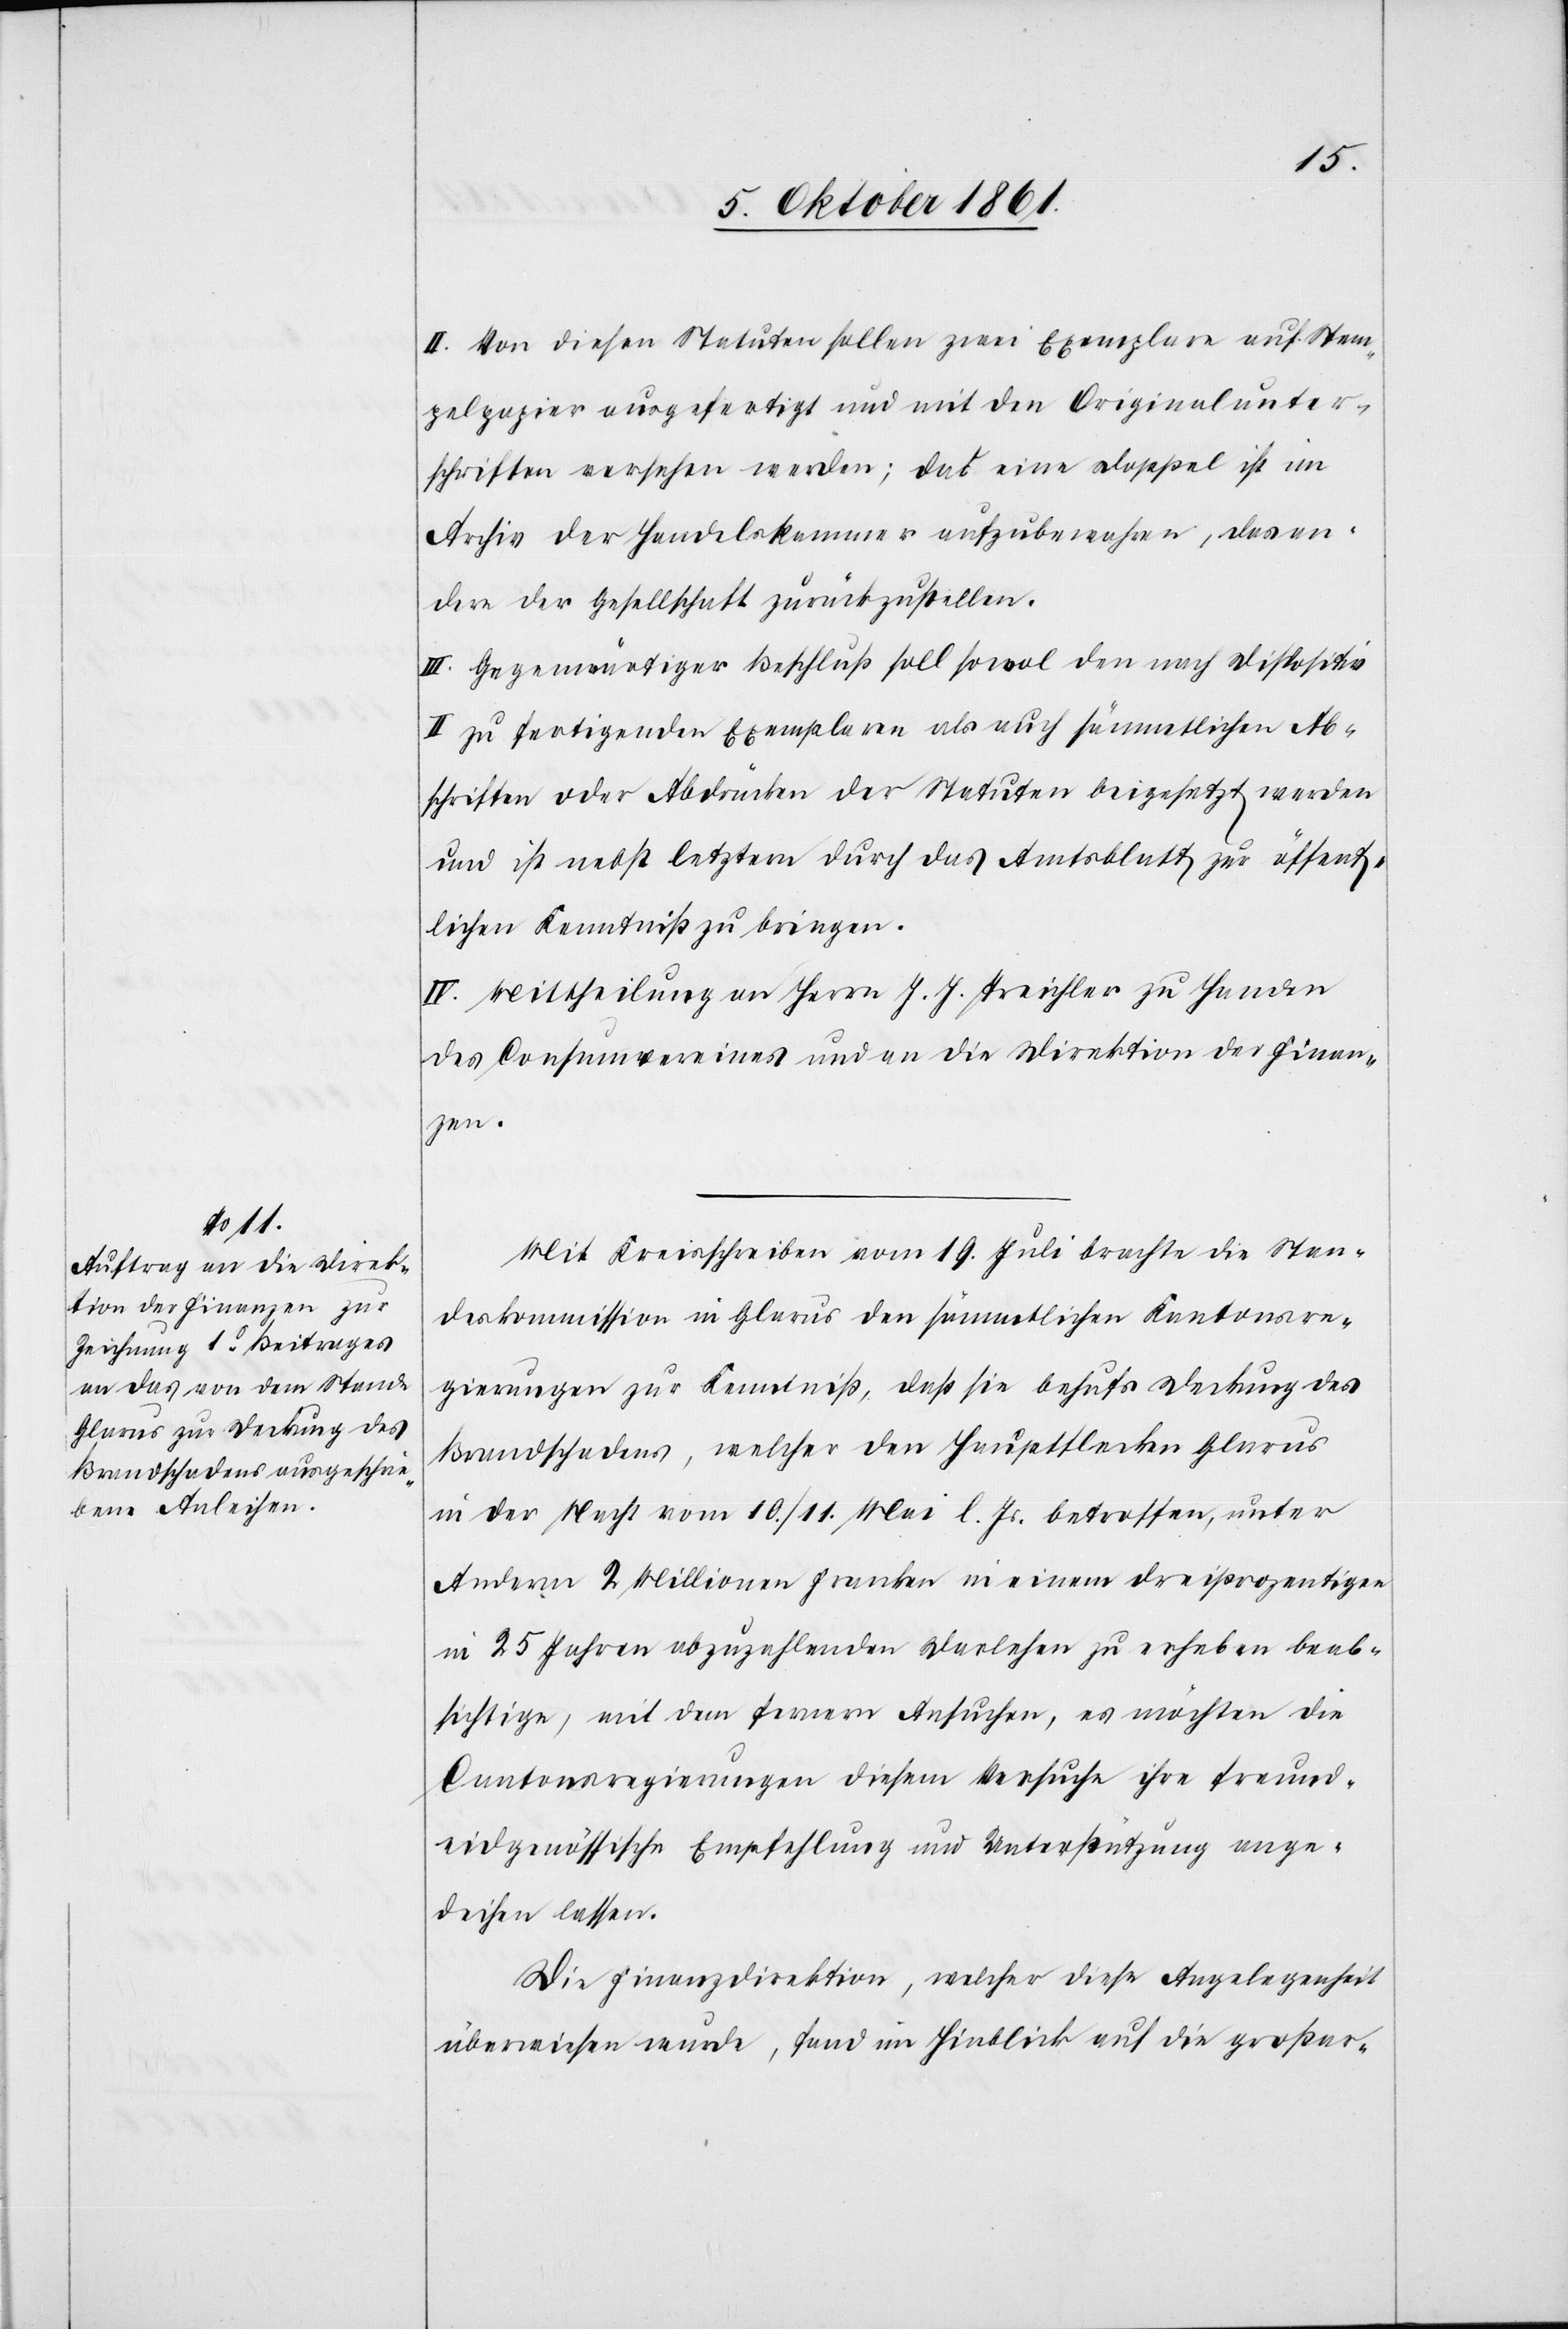
II. Von diesen Statuten sollen zwei Exemplare auf Stem¬
pelpapier ausgefertigt und mit den Originalunter¬
schriften versehen werden; das eine Doppel ist im
Archiv der Handelskammer aufzubewahren, das an¬
dere der Gesellschaft zurückzustellen.
III. Gegenwärtiger Beschluß soll sowol den nach Dispositiv
II zu fertigenden Exemplaren als auch sämmtlichen Ab¬
schriften oder Abdrücken der Statuten beigesetzt werden
und ist nebst letztern durch das Amtsblatt zur öffent¬
lichen Kenntniß zu bringen.
IV. Mittheilung an Herrn J. J. Treichler zu Handen
des Consumvereines und an die Direktion der Finan¬
zen.
Mit Kreisschreiben vom 19 Juli brachte die Stan¬
deskommission in Glarus den sämmtlichen Kantonsre¬
gierungen zur Kenntniß, daß sie behufs Deckung des
Brandschadens, welcher den Hauptflecken Glarus
in der Nacht vom 10 / 11 Mai l. Js. betroffen, unter
Andern 2 Millionen Franken in einem dreiprozentigen
in 25 Jahren abzuzahlenden Darlehen zu erheben beab¬
sichtige, mit dem fernern Ansuchen, es möchten die
Cantonsregierungen diesem Versuche ihre treu¬
eidgenössische Empfehlung und Unterstützung ange¬
deihen lassen.
Die Finanzdirektion, welcher diese Angelegenheit
überwiesen wurde, fand im Hinblick auf die großar-